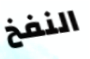
النفخ